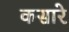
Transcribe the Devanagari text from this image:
कसारे